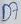
Text: D7